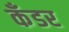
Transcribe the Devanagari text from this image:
कँडर